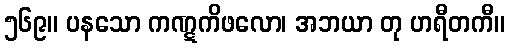
၅၆၉။ ပနသော ကဏ္ဋကိဖလော၊ အဘယာ တု ဟရီတကီ။